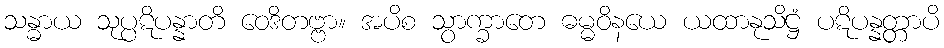
သန္ဓာယ သုပ္ပဋိပန္နာတိ ဝေဒိတဗ္ဗာ။ အပိစ သွာက္ခာတေ ဓမ္မဝိနယေ ယထာနုသိဋ္ဌံ ပဋိပန္နတ္တာပိ